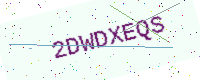
Text: 2DWDXEQS